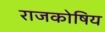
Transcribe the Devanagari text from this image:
राजकोषिय